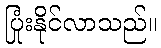
ပြုံးနိုင်လာသည်။